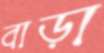
বাড়া